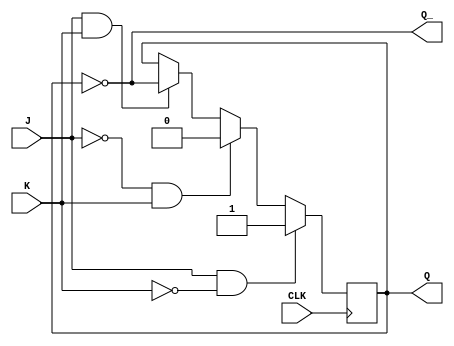
module jk_flipflop (
    input J,
    input K,
    input CLK,
    output reg Q,
    output reg Q_
);

reg state;

always @ (posedge CLK) begin
    if (J & ~K)
        state <= 1;
    else if (~J & K)
        state <= 0;
    else if (J & K)
        state <= ~state;
end

assign Q = state;
assign Q_ = ~state;

endmodule